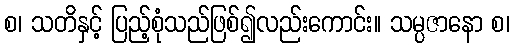
စ၊ သတိနှင့် ပြည့်စုံသည်ဖြစ်၍လည်းကောင်း။ သမ္ပဇာနော စ၊